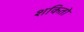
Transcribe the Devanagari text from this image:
शकितो